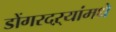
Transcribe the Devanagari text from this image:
डोंगरदऱ्यांमधे